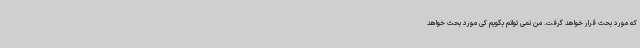
که مورد بحث قرار خواهد گرفت. من نمی توانم بگویم کی مورد بحث خواهد